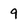
Character: 9